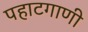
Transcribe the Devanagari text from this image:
पहाटगाणी